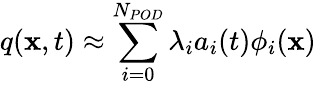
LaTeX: q(\mathbf{x},t)\approx\sum_{i=0}^{N_{POD}}\lambda_{i}a_{i}(t)\phi_{i}(\mathbf{x})